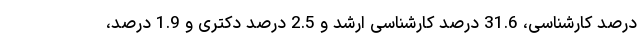
درصد کارشناسی، 31.6 درصد کارشناسی ارشد و 2.5 درصد دکتری و 1.9 درصد،